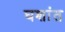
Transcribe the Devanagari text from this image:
घशांत